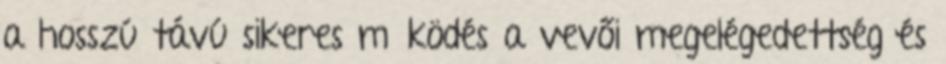
a hosszú távú sikeres működés a vevői megelégedettség és